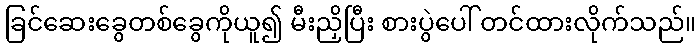
ခြင်ဆေးခွေတစ်ခွေကိုယူ၍ မီးညှိပြီး စားပွဲပေါ် တင်ထားလိုက်သည်။